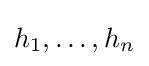
h_{1},\ldots ,h_{n}